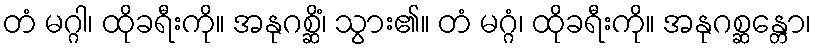
တံ မဂ္ဂါ၊ ထိုခရီးကို။ အနုဂစ္ဆိံ၊ သွား၏။ တံ မဂ္ဂံ၊ ထိုခရီးကို။ အနုဂစ္ဆန္တော၊